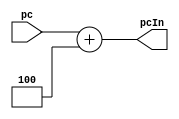
`timescale 1ns / 1ps
//////////////////////////////////////////////////////////////////////////////////
// Company: 
// Engineer: 
// 
// Design Name: 
// Module Name: pcAdd4
// Project Name: 
// Target Devices: 
// Tool Versions: 
// Description: 
// 
// Dependencies: 
// 
// Revision:
// Revision 0.01 - File Created
// Additional Comments:
// 
//////////////////////////////////////////////////////////////////////////////////


module pcAdd4(
    input [31:0] pc,
    output [31:0] pcIn
    );
    assign pcIn=pc+4;
endmodule